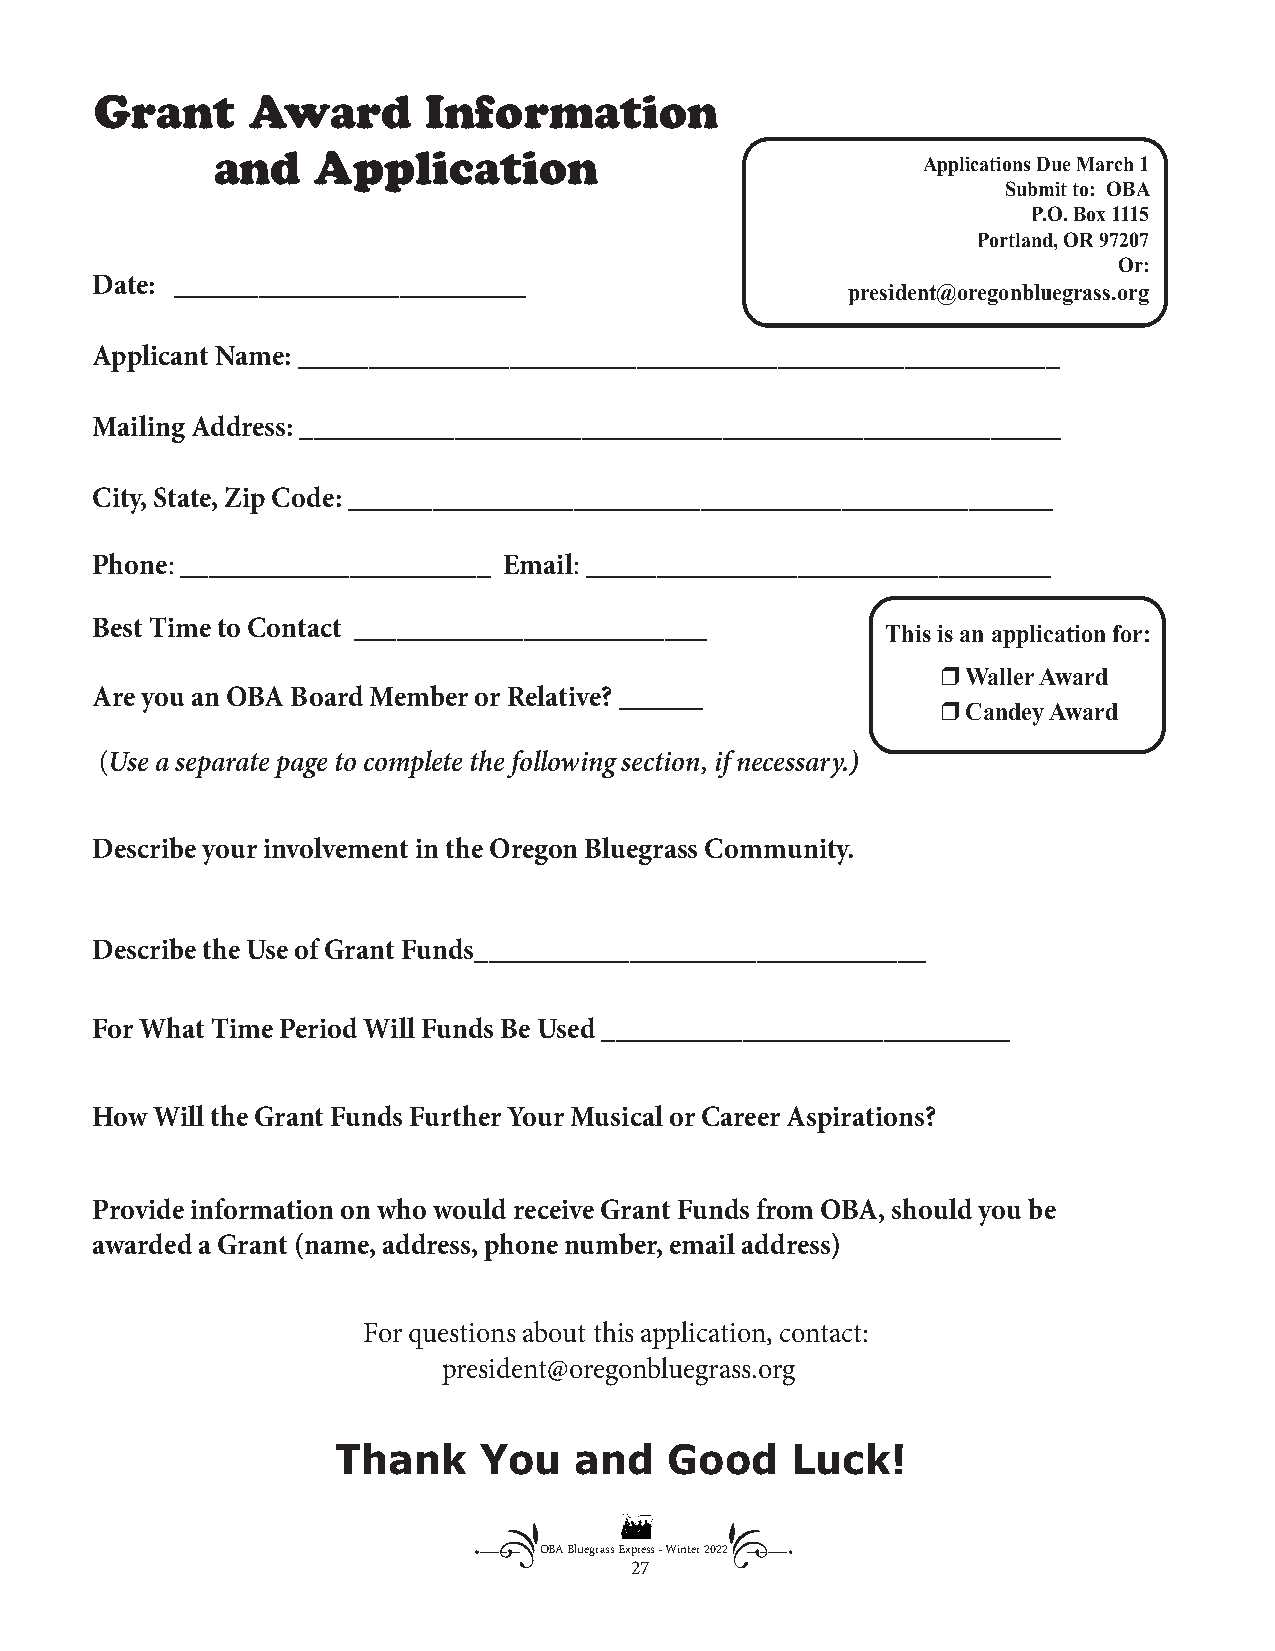
CGoruannttr yA Mwuarsidc IIncofonr Dmoant iMona ddox Passes
 By Joe Ross
 and    Application
 Applications Due March 1
 Submit to: OBA
 P.O. Box 1115
 Portland, OR 97207
 Or:
 Date: _________________________
 president@oregonbluegrass.org
 Applicant Name: ______________________________________________________
 Mailing Address: ______________________________________________________
 City, State, Zip Code: __________________________________________________
 Phone: ______________________ Email: _________________________________
 Best Time to Contact _________________________
 This is an application for:
 r Waller Award
 Are you an OBA Board Member or Relative? ______
 r Candey Award
 (Use a separate page to complete the following section, if necessary.)
 Describe your involvement in the Oregon Bluegrass Community.
 Describe the Use of Grant Funds________________________________
 For What Time Period Will Funds Be Used _____________________________
 How Will the Grant Funds Further Your Musical or Career Aspirations?
 Provide information on who would receive Grant Funds from OBA, should you be
 awarded a Grant (name, address, phone number, email address)
 For questions about this application, contact:
 president@oregonbluegrass.org
 Thank     You   and   Good    Luck!
 OBA Bluegrass Express - Winter 2022
 27